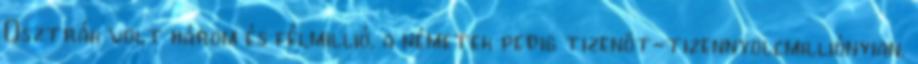
Osztrák volt három és félmillió, a németek pedig tizenöt-tizennyolcmilliónyian.